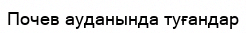
Почев ауданында туғандар